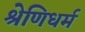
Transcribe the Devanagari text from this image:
श्रेणिधर्म